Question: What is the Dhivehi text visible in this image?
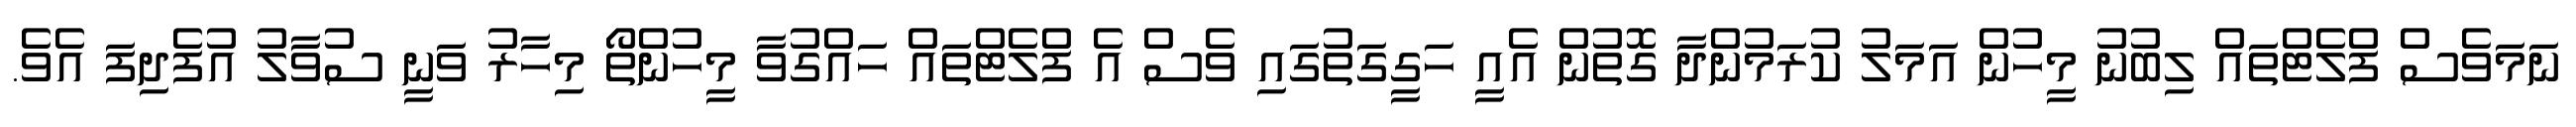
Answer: ނަމަވެސް ފްލެޓްތައް ލިބުނު މީހުން އަމަލު ކުރަމުންދާ ގޮތުން އެއީ ހަގީގަތުގައި ވެސް އެ ފްލެޓްތައް ހައްގުވާ މީހުންތޯ މިހާރު ވަނީ ސުވާލު އުފެދިފަ އެވެ.